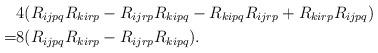
LaTeX: \begin{align*}& 4(R_{ijpq}R_{kirp} - R_{ijrp}R_{kipq} - R_{kipq}R_{ijrp} + R_{kirp}R_{ijpq}) \\= & 8(R_{ijpq}R_{kirp} - R_{ijrp}R_{kipq}).\end{align*}